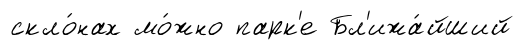
скло́нах мо́жно парк'е Бл'ижа́йший